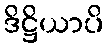
ဒိဋ္ဌိယာပိ